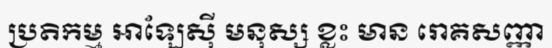
ប្រតិកម្ម អាឡែស៊ី មនុស្ស ខ្លះ មាន រោគសញ្ញា